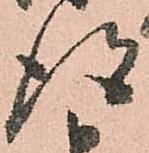
得